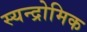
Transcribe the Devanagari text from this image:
स्यन्द्रोमिक